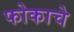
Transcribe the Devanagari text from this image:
फोकाचे